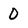
Character: 0